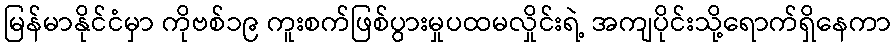
မြန်မာနိုင်ငံမှာ ကိုဗစ်၁၉ ကူးစက်ဖြစ်ပွားမှုပထမလှိုင်းရဲ့ အကျပိုင်းသို့ရောက်ရှိနေကာ